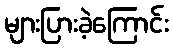
များပြားခဲ့ကြောင်း